Punjab Mental Hospital Lahore 1922-31 - 1922-1931
Year: 1922
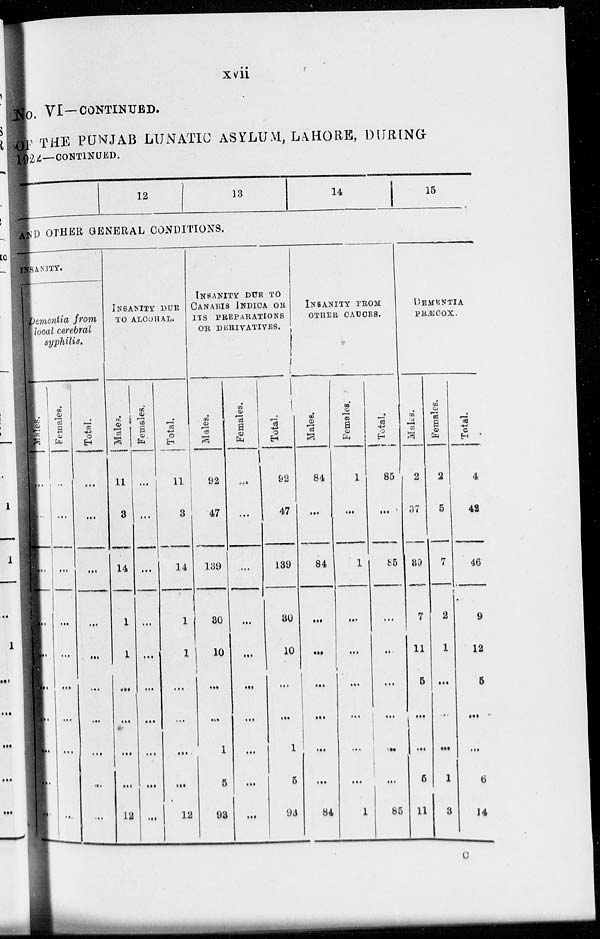
xvii
No. VI—CONTINUED.
OF THE PUNJAB LUNATIC ASYLUM, LAHORE, DURING
1922—CONTINUED.
12
13
14
15
AND OTHER GENERAL CONDITIONS.
INSANITY
Dementia from
local cerebral
syphilis.
Males.
...
...
...
...
...
...
...
...
...
...
Females.
...
...
...
...
...
...
...
...
...
...
Total.
...
...
...
...
...
...
...
...
...
...
INSANITY DUE
TO ALCOHAL.
Males.
11
3
14
1
1
...
...
...
...
12
Females.
...
...
...
...
...
...
...
...
...
...
Total.
11
3
14
1
1
...
...
...
...
12
INSANITY DUE TO
CANABIS INDICA OR
ITS PREPARATIONS
OR DERIVATIVES.
Males.
92
47
139
30
10
...
...
1
5
93
Females.
...
...
...
...
...
...
...
...
...
...
Total.
92
47
139
30
10
...
...
1
5
93
INSANITY FROM OTHER CAUCES.
Males.
84
...
84
...
...
...
...
...
...
84
Females.
1
...
1
...
...
...
...
...
...
1
Total.
85
...
85
...
...
...
...
...
...
85
DEMENTIA
PRÆCOX.
Males.
2
37
89
7
11
5
...
...
5
11
Females.
2
5
7
2
1
...
...
...
1
3
Total.
4
42
46
9
12
5
...
....
6
14
C